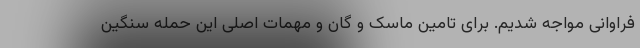
فراوانی مواجه شدیم. برای تامین ماسک و گان و مهمات اصلی این حمله سنگین